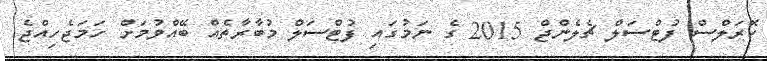
ކޮރަލްސް ފުޓްސަލް ޗެލެންޖް 2015 ގެ ނަމުގައި ފުޓްސަލް މުބާރާތެއް ބޭއްވުމަށް ހަމަޖެހިއްޖެ